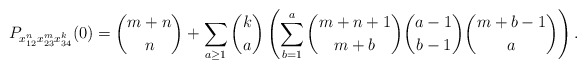
\begin{gather*} P_{x_{12}^{n} x_{23}^{m} x_{34}^{k}}(0)= {m+n \choose n}+\sum_{a \ge 1} {k \choose a} \left(\sum_{b=1}^{a}{m+n+1 \choose m+b} {a-1 \choose b-1} {m+b-1 \choose a} \right) .\end{gather*}